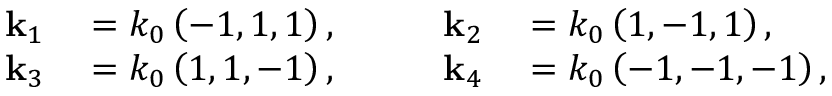
\begin{array} { r l } { \mathbf { k } _ { 1 } } & { { } = k _ { 0 } \left( - 1 , 1 , 1 \right) , } \\ { \mathbf { k } _ { 3 } } & { { } = k _ { 0 } \left( 1 , 1 , - 1 \right) , } \end{array} \qquad \begin{array} { r l } { \mathbf { k } _ { 2 } } & { { } = k _ { 0 } \left( 1 , - 1 , 1 \right) , } \\ { \mathbf { k } _ { 4 } } & { { } = k _ { 0 } \left( - 1 , - 1 , - 1 \right) , } \end{array}